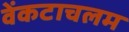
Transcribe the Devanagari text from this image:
वेंकटाचलम